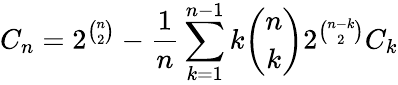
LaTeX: C_{n}=2^{{\binom{n}{2}}}-{\frac{1}{n}}\sum_{{k=1}}^{{n-1}}k{\binom{n}{k}}2^{{\binom{n-k}{2}}}C_{k}